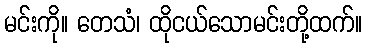
မင်းကို။ တေသံ၊ ထိုငယ်သောမင်းတို့ထက်။